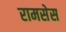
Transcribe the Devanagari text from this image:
रामसेस